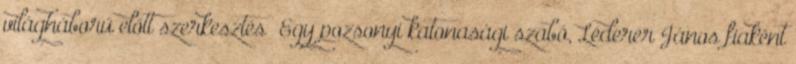
világháború előtt szerkesztés Egy pozsonyi katonasági szabó, Léderer János fiaként